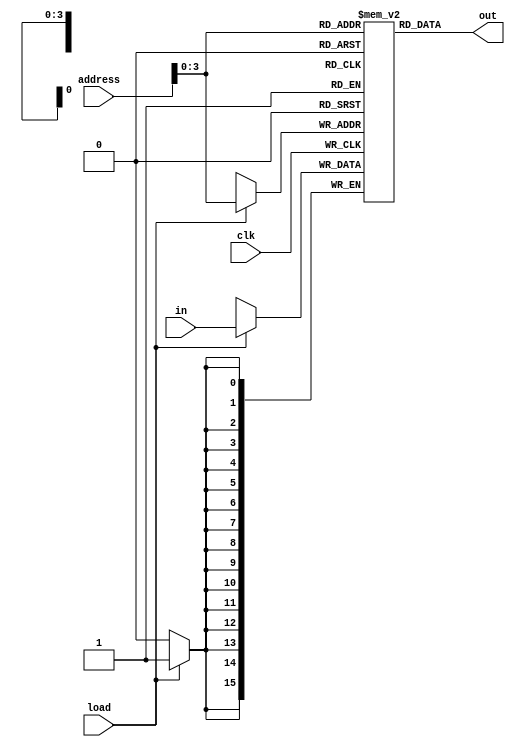
/**
* tangnano4k not support block ram https://github.com/YosysHQ/yosys/wiki/FPGA-family-feature-matrix
* out = M[address] (continuosly assigned using combinatorial logic)
* if (load =i= 1) M[address][t+1] = in[t] (clocked using sequential logic)
*/

`default_nettype none
module RAM(
	input wire clk,
	input wire [15:0] address,
	input wire [15:0] in,
	input wire load,
	output wire [15:0] out
);
	
	reg [15:0] regRAM [0:10]; 
	always @(negedge clk)
		if (load) regRAM[address[3:0]] <= in;

	assign out = regRAM[address[3:0]];
endmodule